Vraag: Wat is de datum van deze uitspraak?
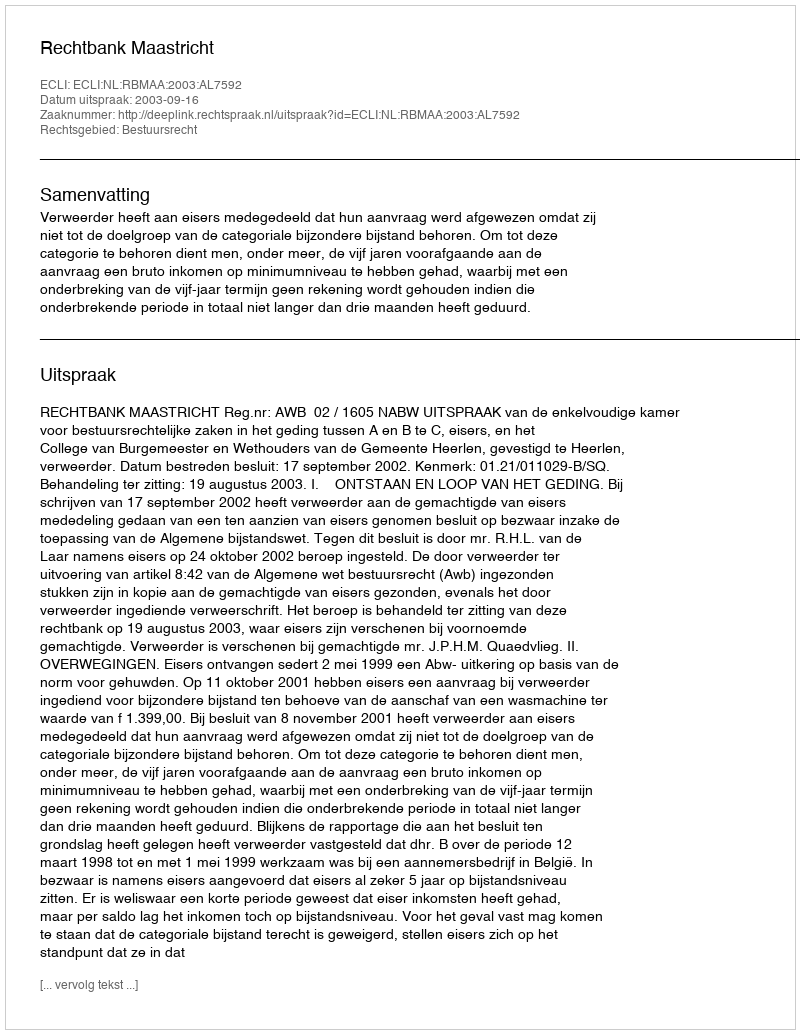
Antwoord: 2003-09-16